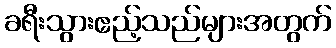
ခရီးသွားဧည့်သည်များအတွက်